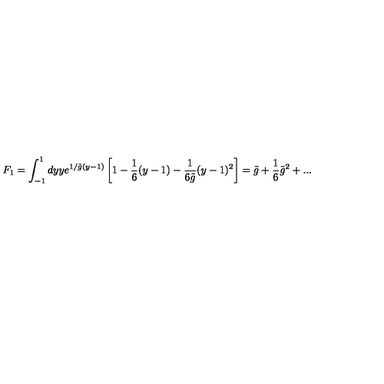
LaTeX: F _ { 1 } = \int _ { - 1 } ^ { 1 } d y y e ^ { 1 / { \tilde { g } } ( y - 1 ) } \left[ 1 - \frac { 1 } { 6 } ( y - 1 ) - \frac { 1 } { 6 \tilde { g } } ( y - 1 ) ^ { 2 } \right] = \tilde { g } + \frac { 1 } { 6 } { \tilde { g } } ^ { 2 } + . . .